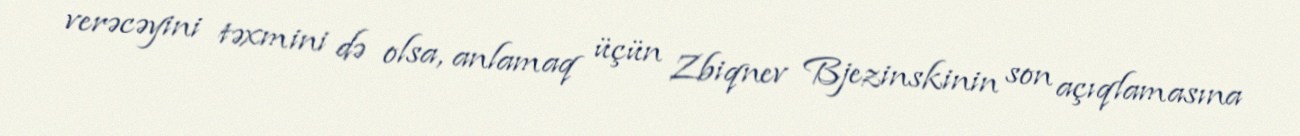
verəcəyini təxmini də olsa, anlamaq üçün Zbiqnev Bjezinskinin son açıqlamasına